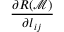
\frac { \partial R ( \mathcal { M } ) } { \partial l _ { i j } }